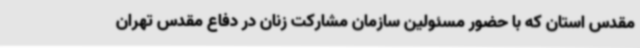
مقدس استان که با حضور مسئولین سازمان مشارکت زنان در دفاع مقدس تهران